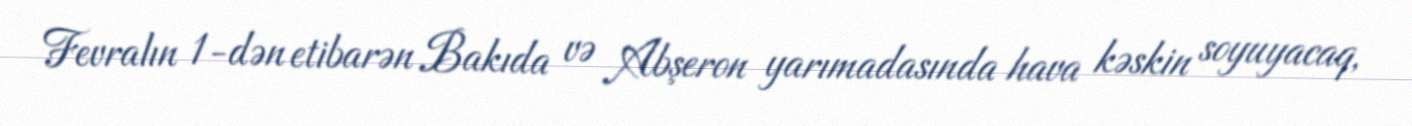
Fevralın 1-dən etibarən Bakıda və Abşeron yarımadasında hava kəskin soyuyacaq,